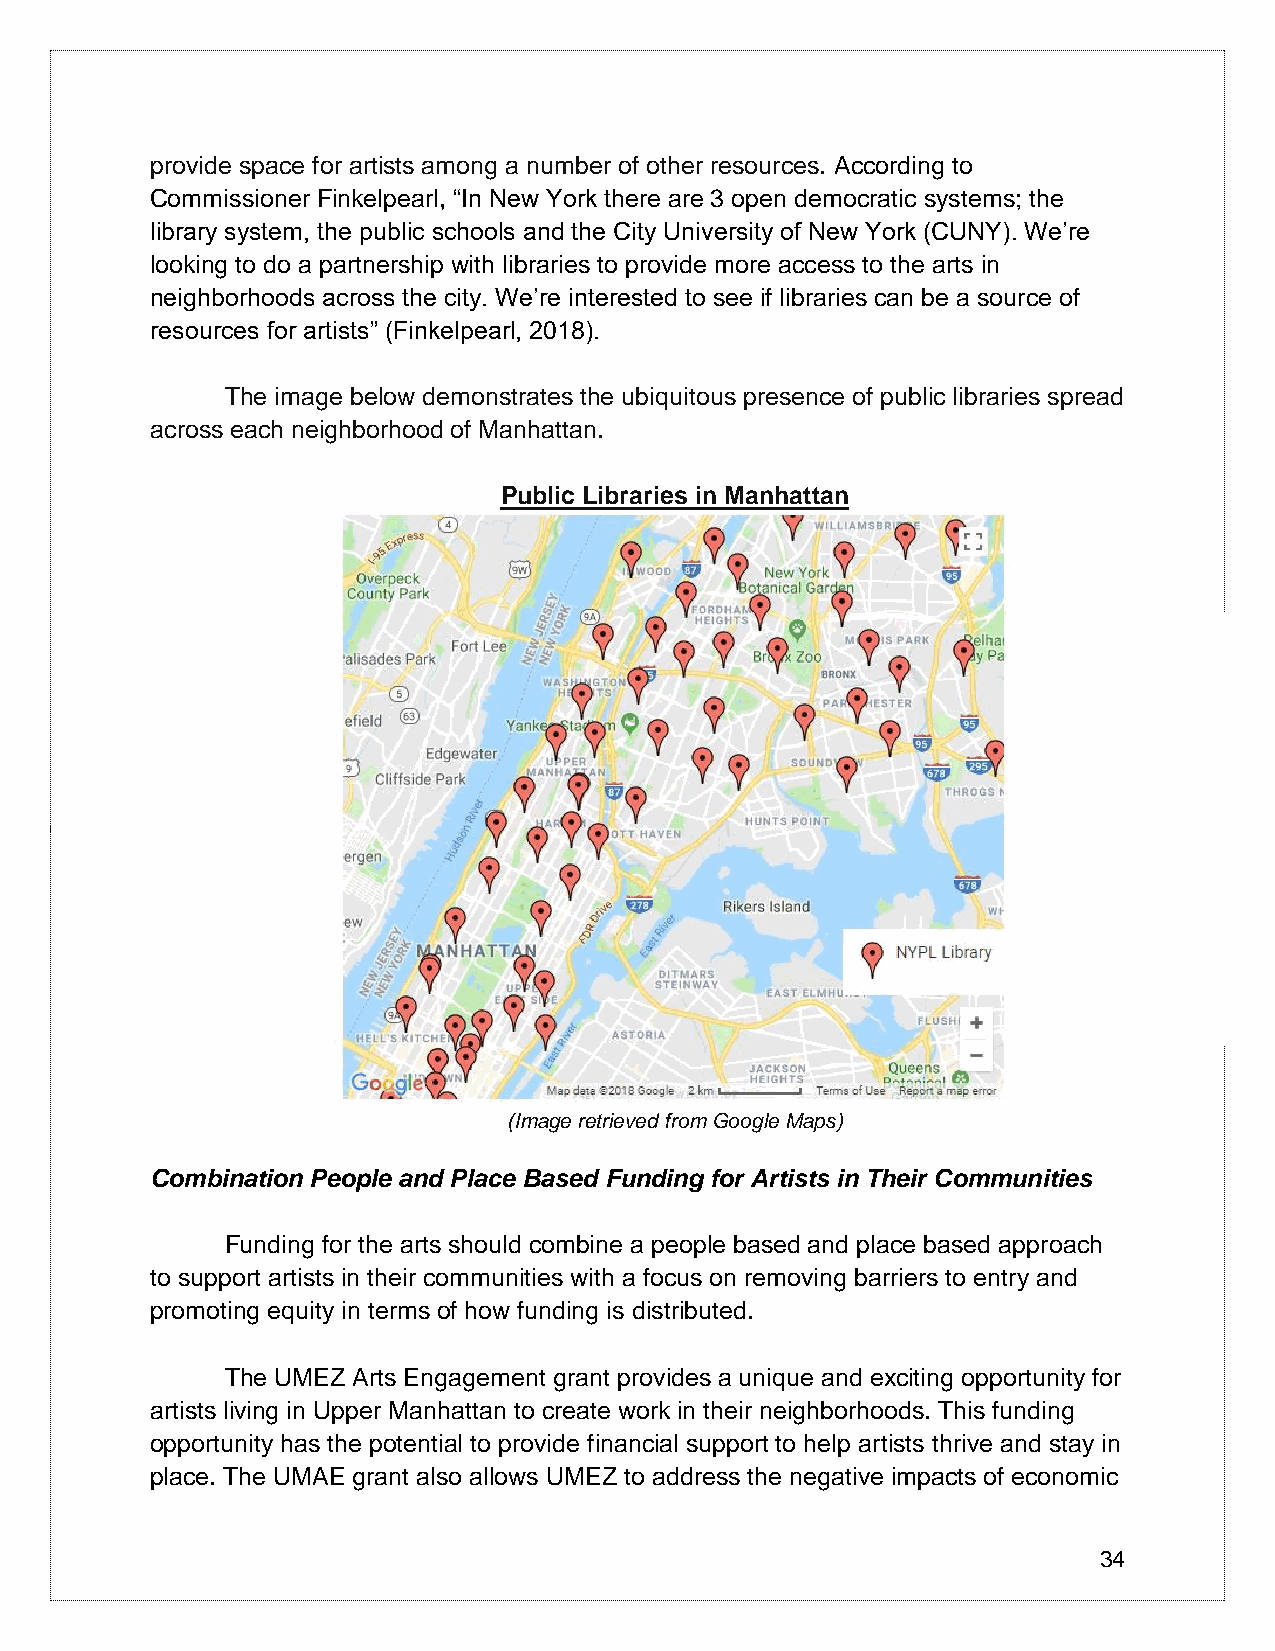
provide space for artists among a number of other resources. According to
 Commissioner Finkelpearl, “In New York there are 3 open democratic systems; the
 library system, the public schools and the City University of New York (CUNY). We’re
 looking to do a partnership with libraries to provide more access to the arts in
 neighborhoods across the city. We’re interested to see if libraries can be a source of
 resources for artists” (Finkelpearl, 2018).
 The image below demonstrates the ubiquitous presence of public libraries spread
 across each neighborhood of Manhattan.
 Public Libraries in Manhattan
 (Image retrieved from Google Maps)
 Combination People and Place Based Funding for Artists in Their Communities
 Funding for the arts should combine a people based and place based approach
 to support artists in their communities with a focus on removing barriers to entry and
 promoting equity in terms of how funding is distributed.
 The UMEZ Arts Engagement grant provides a unique and exciting opportunity for
 artists living in Upper Manhattan to create work in their neighborhoods. This funding
 opportunity has the potential to provide financial support to help artists thrive and stay in
 place. The UMAE grant also allows UMEZ to address the negative impacts of economic
 34